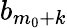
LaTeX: b_{m_{0}+k}